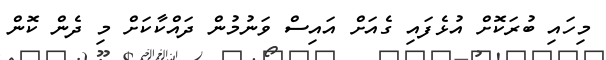
މިހައި ބުރަކޮށް އުޅެފައި ގެއަށް އައިސް ވަނުމުން ދައްކާކަށް މި ދެން ކޮން